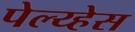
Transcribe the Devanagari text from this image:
पेल्य्हेस